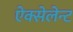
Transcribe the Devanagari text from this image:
ऐक्सेलेन्ट